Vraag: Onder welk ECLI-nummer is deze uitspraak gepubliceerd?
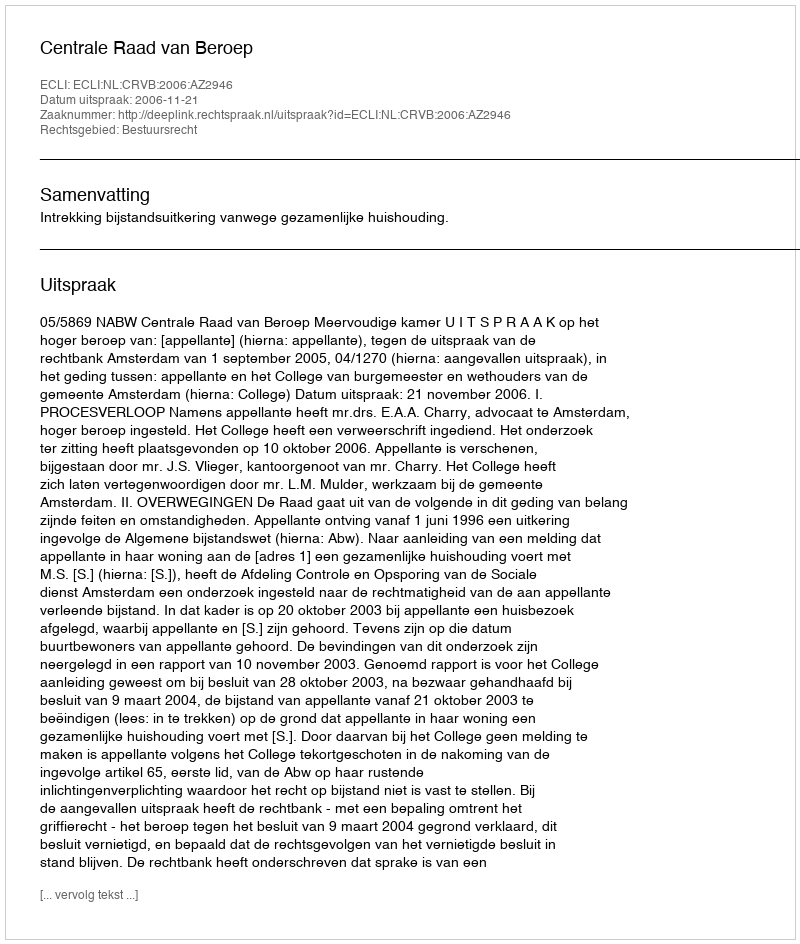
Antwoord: ECLI:NL:CRVB:2006:AZ2946